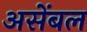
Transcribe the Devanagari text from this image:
असेंबल